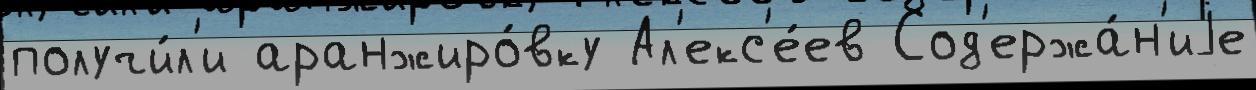
получи́л'и аранжиро́вку Ал'екс'е́ев Сод'ержа́н'иjе